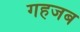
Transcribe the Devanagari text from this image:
गहजब